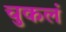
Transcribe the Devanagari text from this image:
चुकलं